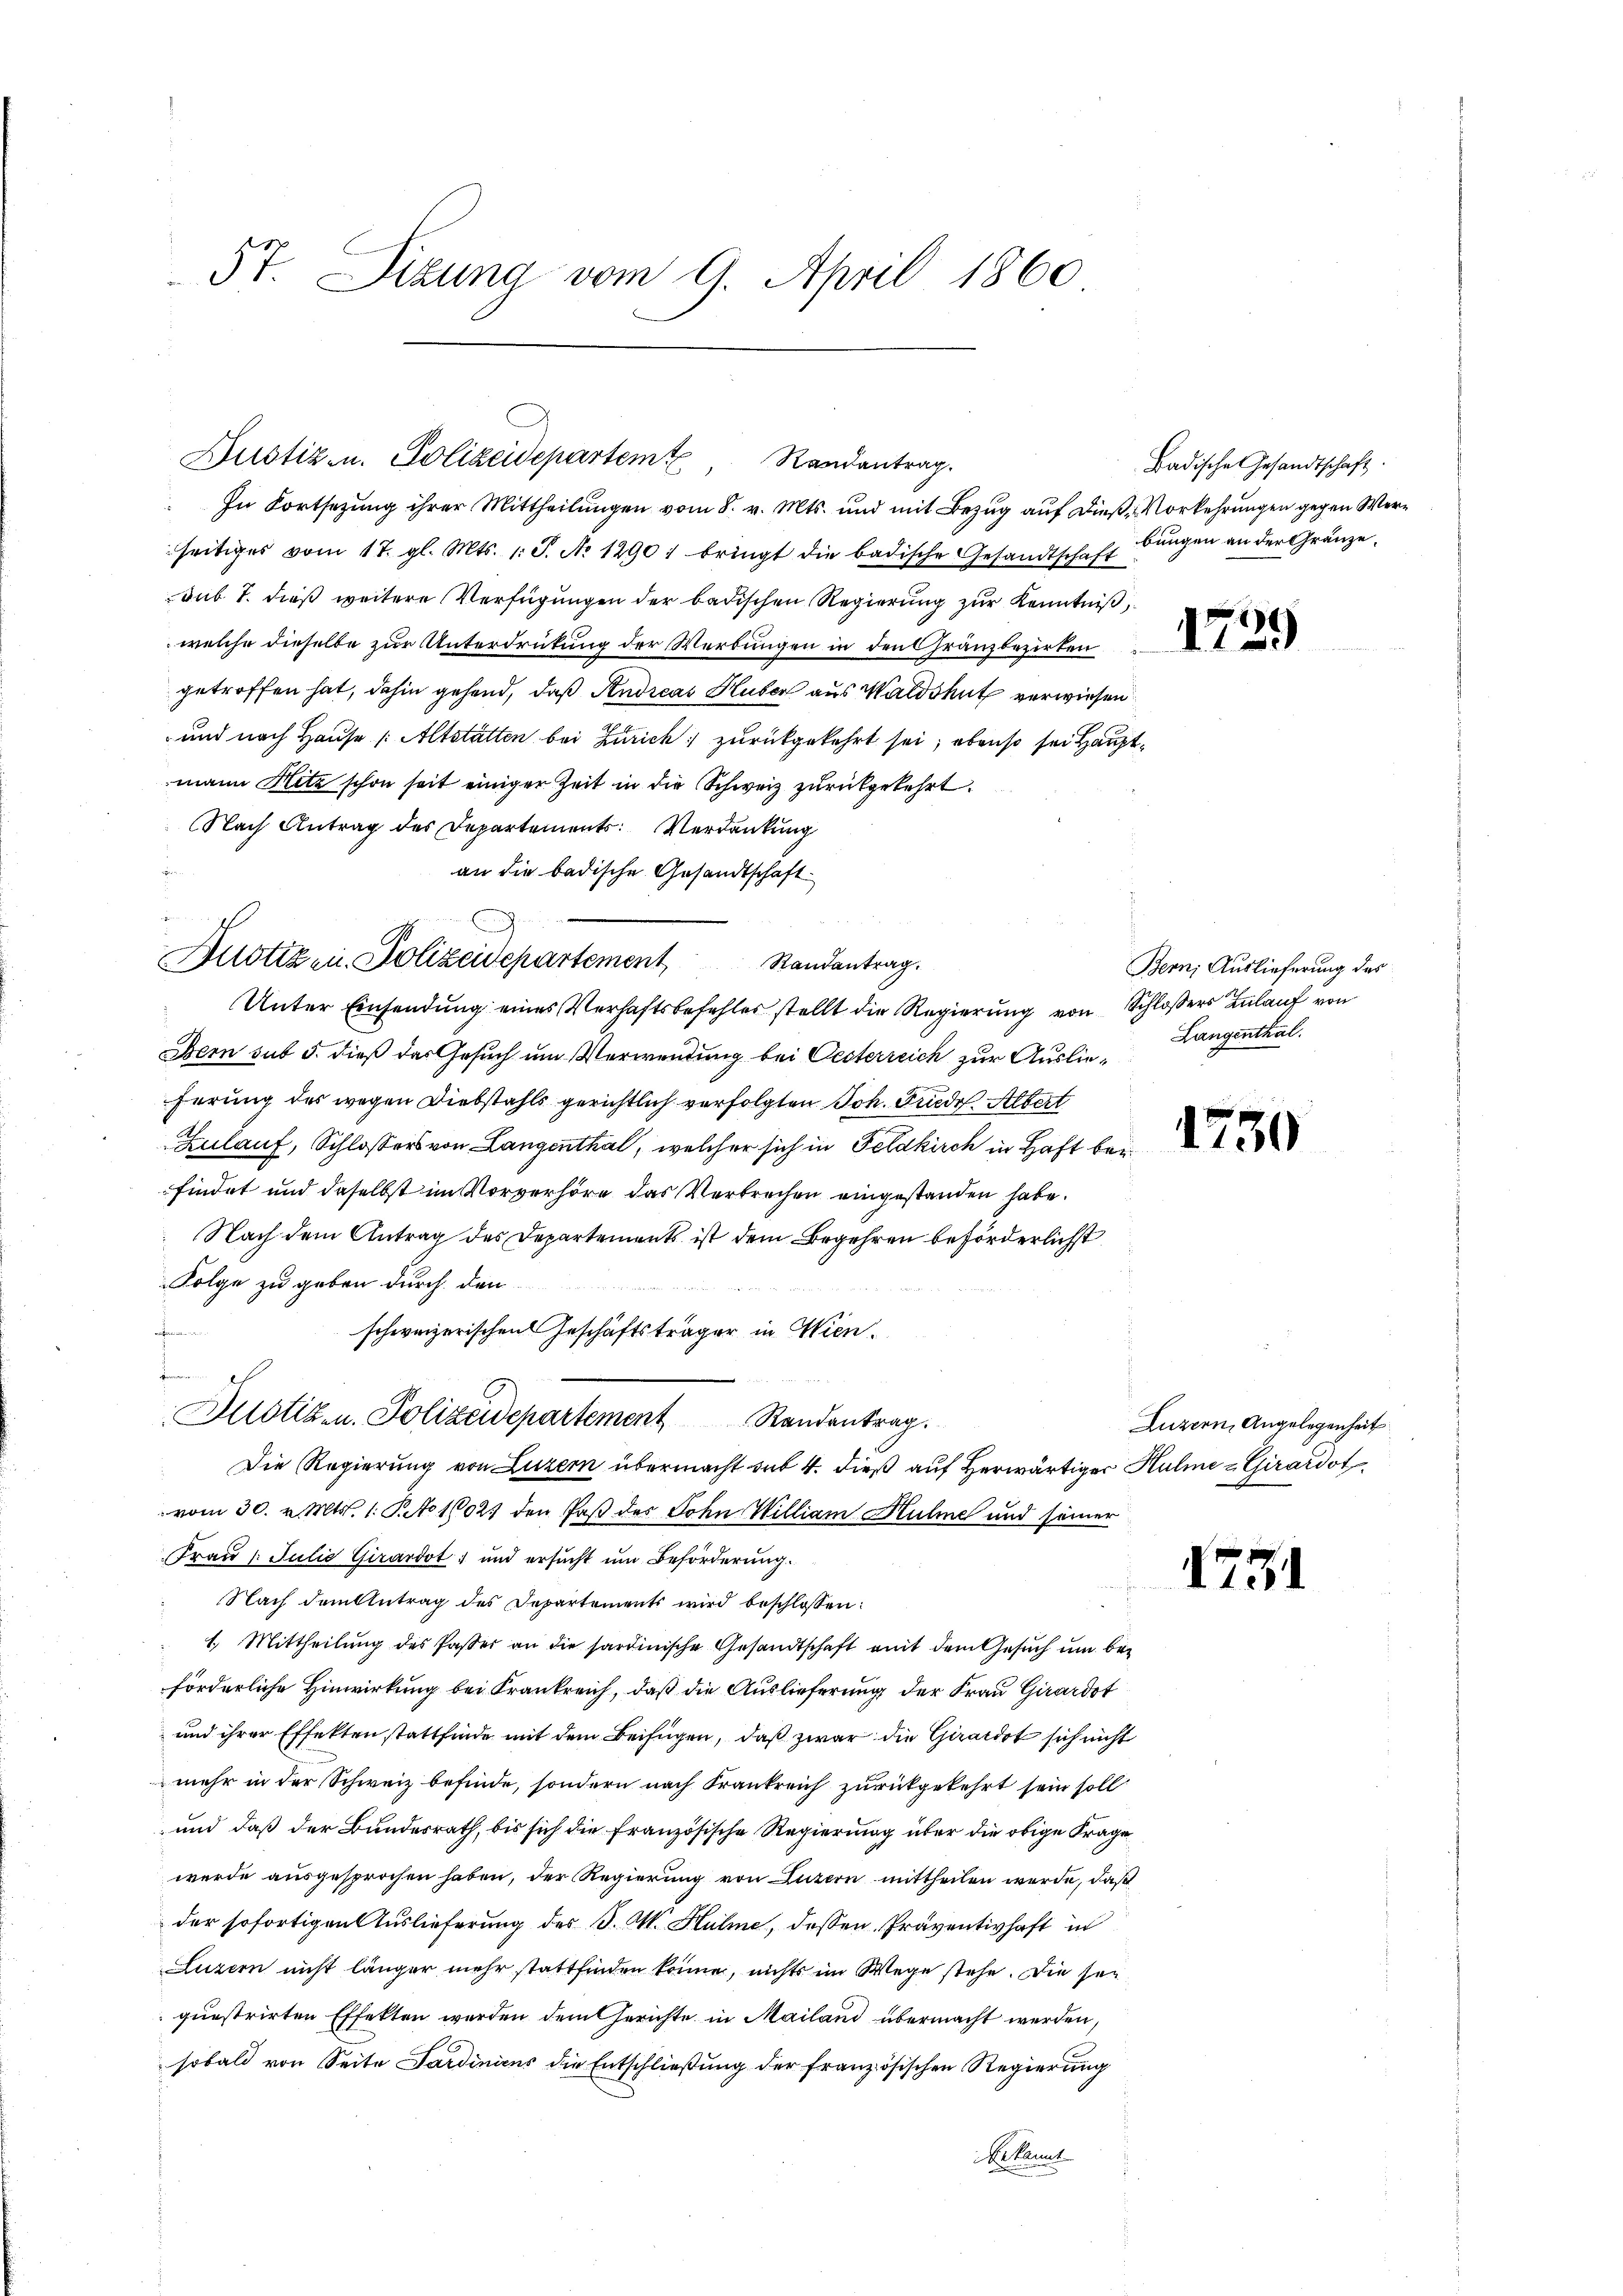
5t. Sizung vom 9. April 1860

In Fortsezung ihrer Mittheilungen vom 8. v. Mts. und mit Bezug auf dieß, Vorkehrungen gegen Werseitiges vom 17. gl. Mts. 1. S. No 1290: bringt die badische Gesandtschaft
sub 7. dieß weitere Verfügungen der badischen Regierung zur Kenntniß,
welche dieselbe zur Unterdrückung der Werbungen in den Gränzbezirken
getroffen hat, dahin gehend, daß Andreas Huber aus Waldshut verwiesen
und nach Hause (Altstätten bei Zürich; zurückgekehrt sei; ebenso sei Hauptmann Hitz schon seit einiger Zeit in die Schweiz zurückgekehrt.
Nach Antrag des Departements: Verdankung
an die badische Gesandtschaft
Dustizen Polizeidepartement Randantrag.
Unter Einsendung eines Verhaftsbefehles stellt die Regierung von Schlossers Zulauf von
Obern sub 5. dieß das Gesuch um Verwendung bei Oesterreich zur Auslieferung des wegen Diebstahls gerichtlich verfolgten Joh. Friede Albert
Zulauf, Schlossers von Langenthal, welcher sich in Feldkirch in Haft bei
findet und daselbst im Vorverhöre das Verbrechen eingestanden habe.
Nach dem Antrag des Departements ist dem Begehren beförderlichst
Folge zu geben durch den
  der
schweizerischen Geschäftsträger in Wien.
Justiz- u. Polizeidepartement Randantrag.
Die Regierung von Luzern übermacht sub 4. dieß auf herwärtiger Hulme & Girardot
vom 30. v. Mts. 1. Bto 16021 den Paß des Sohn William Hulme und seiner
Frau 1. Julio Girardot; und ersucht um Beförderung.
Nach dem Antrag des Departements wird beschlossen:
1. Mittheilŭng des Passer an die sardinische Gesandtschaft mit dem Gesŭch ŭm beförderliche Hinwirkung bei Krankreich, daß die Auslieferung der Frau Girardot
und ihrer Effekten stattfinde mit dem Beifügen, daß zwar die Girardot sich nicht
mehr in der Schweiz befinde, sondern nach Frankreich zurückgekehrt sein soll
und daß der Bundesrath, bis sich die französische Regierung über die obige Frage
wurde ausgesprochen haben, der Regierung von Luzern mittheilen werde, daß
der sofortigen Auslieferung des J. M. Hulme, dessen Präventivhaft in
Luzern nicht länger mehr stattfinden könne, nichts im Wege stehe. Die sei
guestrirten Effekten werden dem Gerichte in Mailand übermacht werden,
sobald von Seite Sardinicus die Entschließung der französischen Regierung
Dekannt

Justiz- u. Polizeidepartem Randantrag.

Badische Gesandtschaft.
bungen an der Gränze.

Bern, Auslieferung des
Langenthal.

Luzern, Angelegenheit

1731